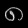
Digit: ၈